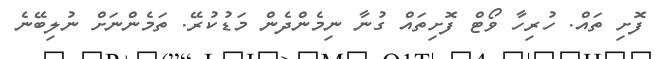
ފޮށި ތައް. ހުރިހާ ވޯޓް ފޮށިތައް ގުނާ ނިމެންދެން މަޑުކުރޭ. ތަމެންނަށް ނުލިބޭނެ